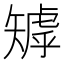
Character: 𥏽